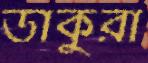
ডাকুরা